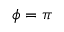
\phi = \pi